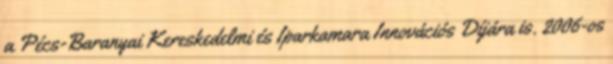
a Pécs-Baranyai Kereskedelmi és Iparkamara Innovációs Díjára is. 2006-os